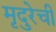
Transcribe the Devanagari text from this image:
मृदुरेची